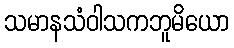
သမာနသံဝါသကဘူမိယော